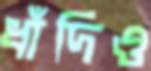
ধাঁদিও